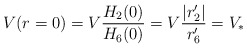
\begin{align*}V(r=0)=V{H_2(0)\over H_6(0)}=V{|r_2'|\over r'_6}=V_*\end{align*}